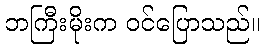
ဘကြီးမိုးက ဝင်ပြောသည်။